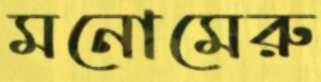
মনোমেরু